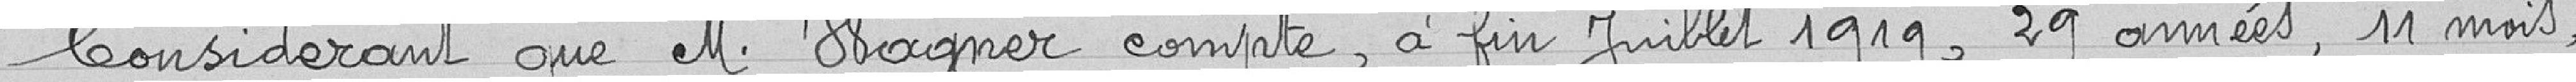
Considérant que M. Wagner compte, à fin Juillet 1919, 29 années, 11 mois,